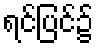
ရင်ပြင်၌